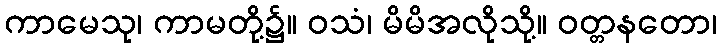
ကာမေသု၊ ကာမတို့၌။ ဝသံ၊ မိမိအလိုသို့။ ဝတ္တနတော၊